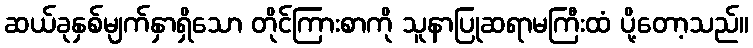
ဆယ်ခုနှစ်မျက်နှာရှိသော တိုင်ကြားစာကို သူနာပြုဆရာမကြီးထံ ပို့တော့သည်။